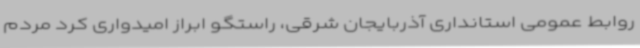
روابط عمومی استانداری آذربایجان شرقی، راستگو ابراز امیدواری کرد مردم